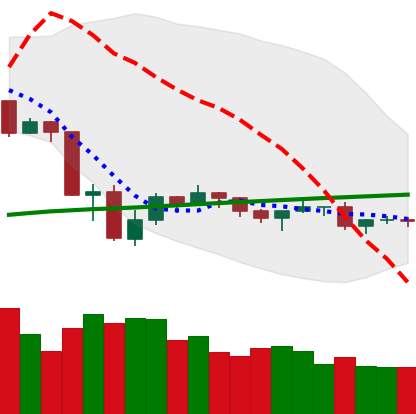
Ticker: ETH-USD
Chart end date: 2019-07-30
Forward return: 5.77%
Label: up_5_7